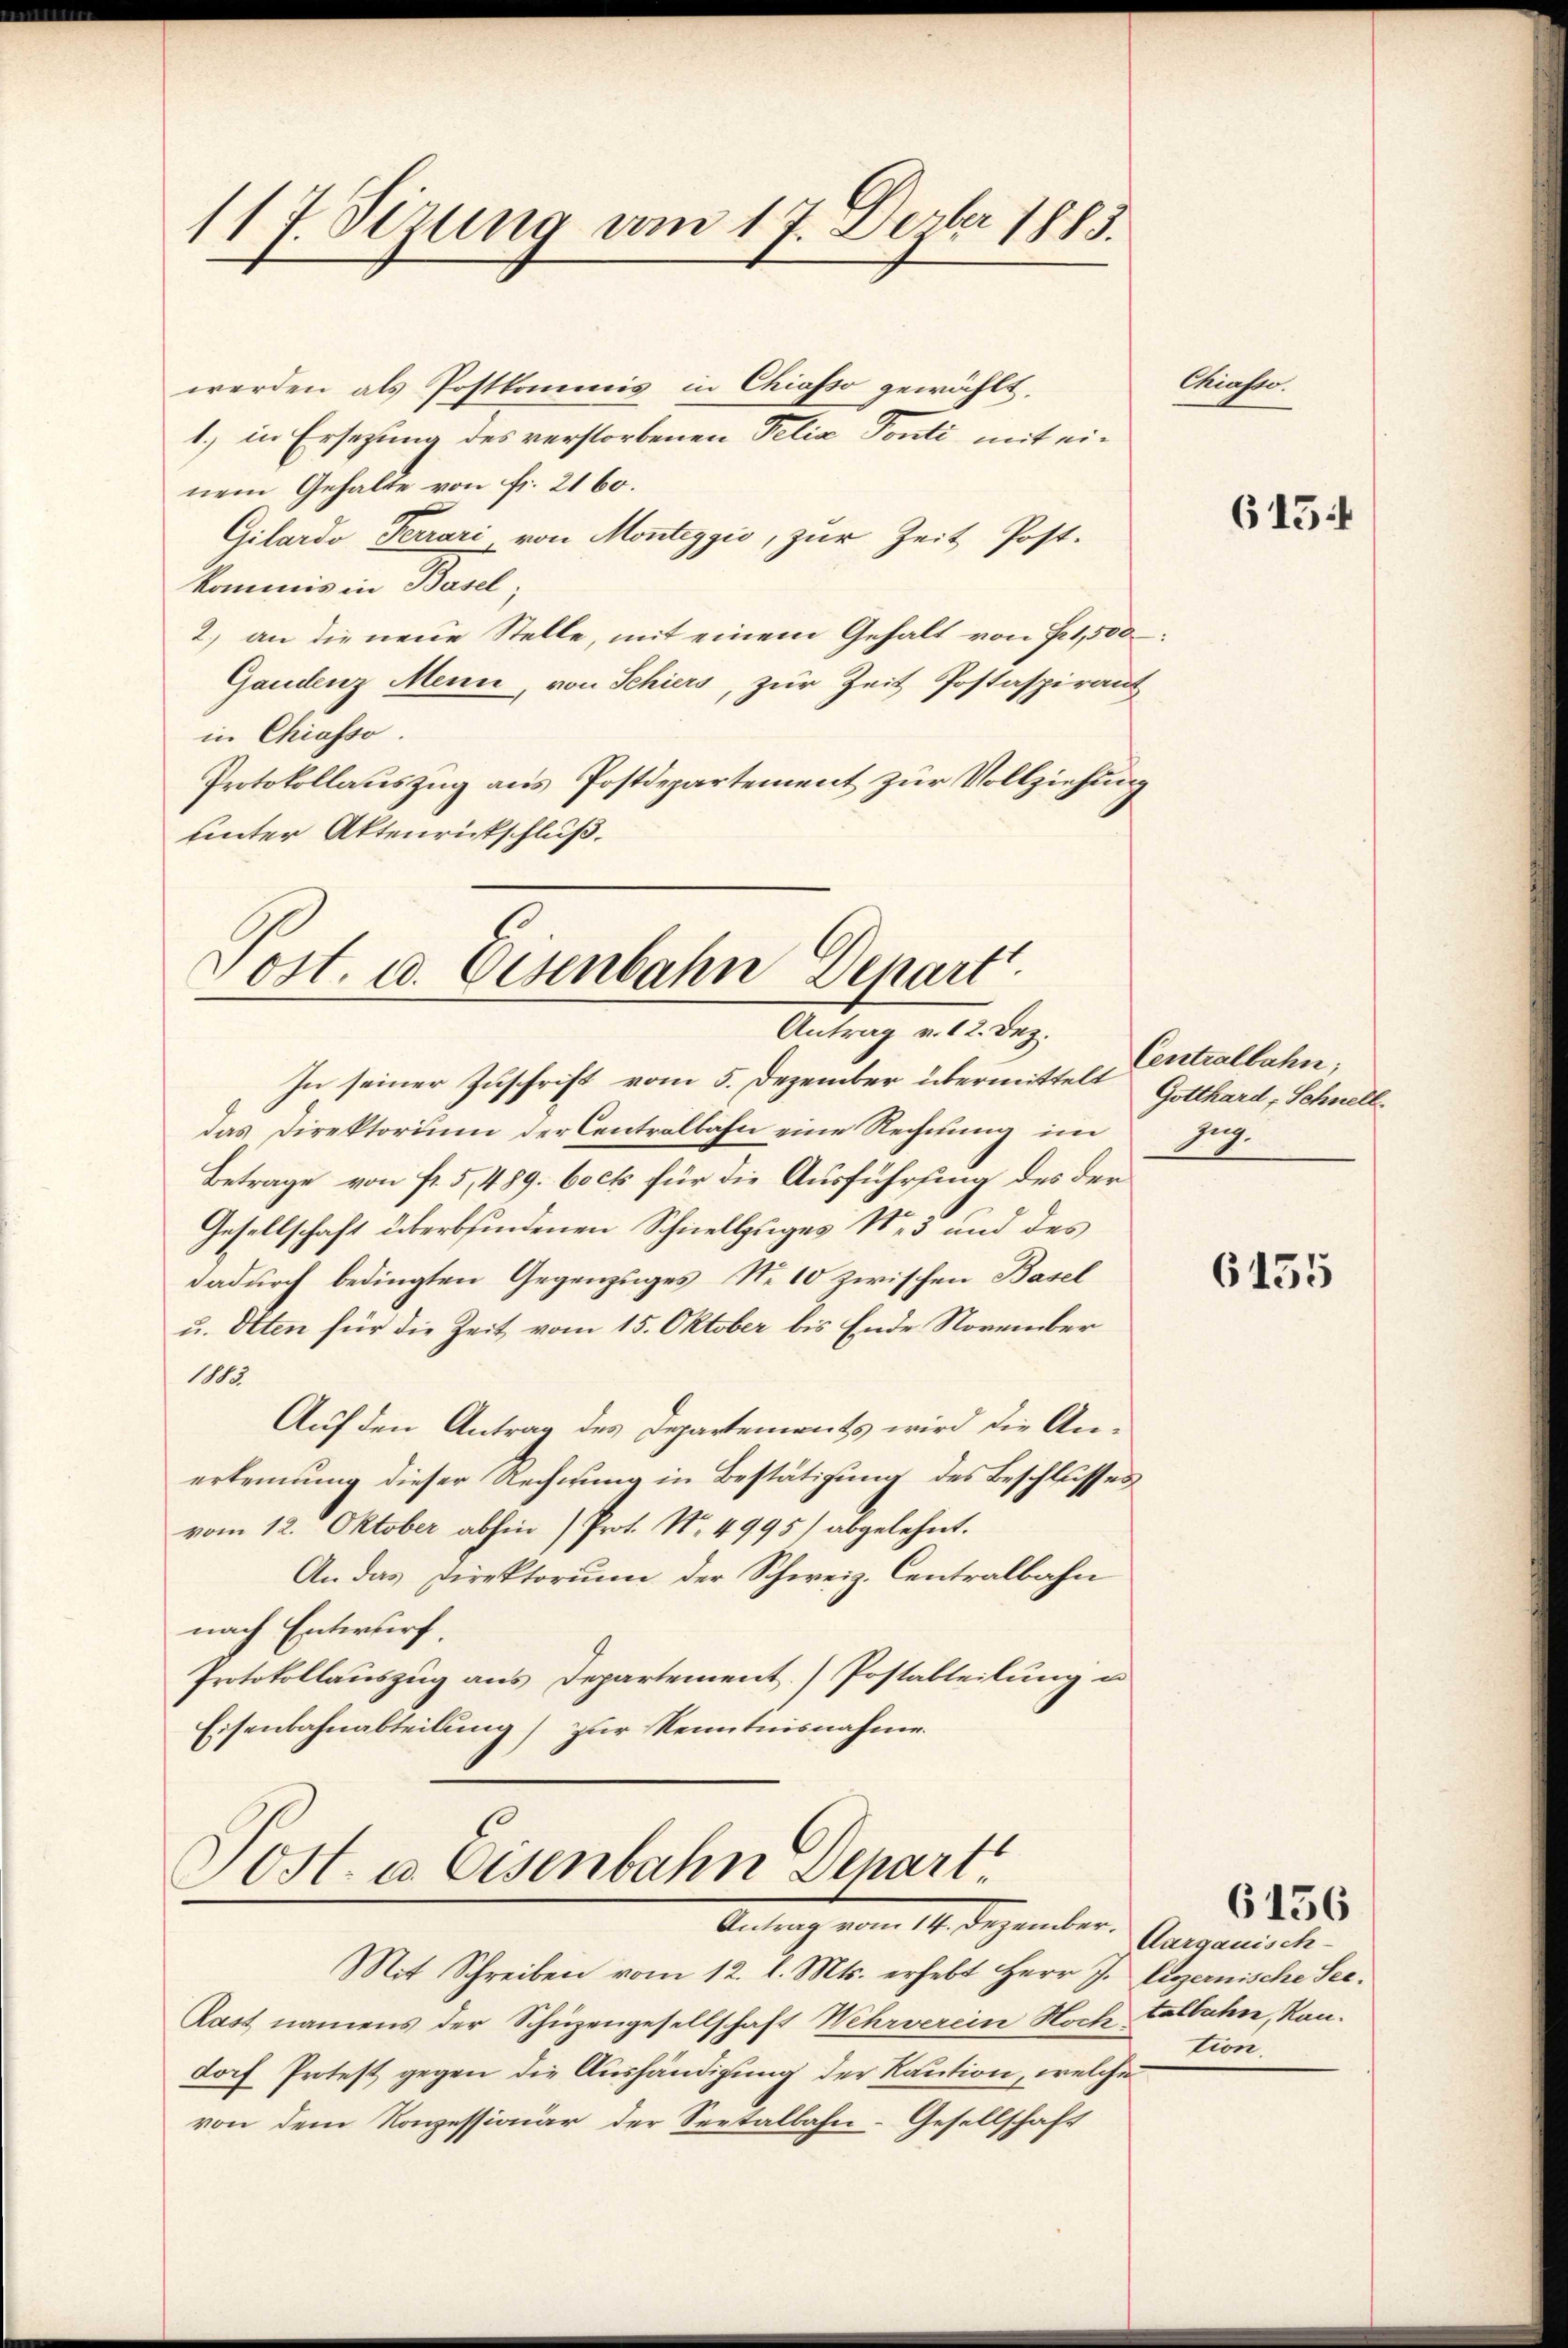
117 Sizung vom 17. Derber 1883.

werden als Postkommis in Chiasso gewählt.
1.) in Ersetzung des verstorbenen Pelia Ponti mit einem Gehalte von fr. 216.
Gilardo Ferrari, von Monteggio, zur Zeit Post-
kommis in Basel;
2.) an die neue Stelle, mit einem Gehalt von Fr. 1,500
Gandenz Menn, von Schiers, zur Zeit Postaspirantz
in Chiasso.
Protokollauszug aus Postdepartement zur Vollziehung
unter Aktenrickschluß.

Post. u. Oesenbahn Depart.
Antrag v. 12. Dez.

In seiner Zuschrift vom 5. Dezember übermittel Centralbahn,
das Direktorium der Centralbahn eine Rechnung im Zug-
Betrage von fr. 5, 489. bock für die Ausführung des der
Gesellschaft überbindenen Schnellzuges Nr. 3 und des
dadurch bedingten Gegenzuges No 10 zwischen Basel
u. Olten für die Zeit vom 15. Oktober bis Ende November
1115
Auf den Antrag des Departements wird die Anerkennung dieser Rechnung in Bestätigung des Beschlusses
vom 12. Oktober abhin (Prot. No. 4995/ abgelehnt.
An das Direktorium der Schweiz. Centralbahn
nach Entwurf.
Protokollauszug aus Departement) Postabteilung un
Eisenbahnabteilung) zur Kenntnisnahme

Sost. a. Osenbahn Schart.
Antrag vom 14. Dezember.
Mit Schreiben vom 12. d. Mts. erhebt Herr J. legernische See¬

Rast namens der Schüzengesellschaft Wehrverein Hoch talbahn, Kan-
doch Protest gegen die Aushändigung der Kaution, welche
von dem Konzessionär der Seetalbahn-Gesellschaft

Chisto

8

6154

Gotthard, Schnell.

6155

Aargauisch-
tion.

6156